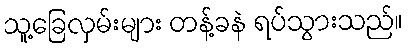
သူ့ခြေလှမ်းများ တန့်ခနဲ ရပ်သွားသည်။